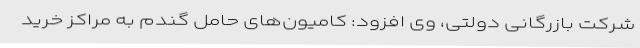
شرکت بازرگانی دولتی، وی افزود: کامیون‌های حامل گندم به مراکز خرید